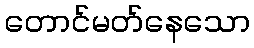
တောင်မတ်နေသော